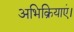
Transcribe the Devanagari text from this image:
अभिक्रियाएं।